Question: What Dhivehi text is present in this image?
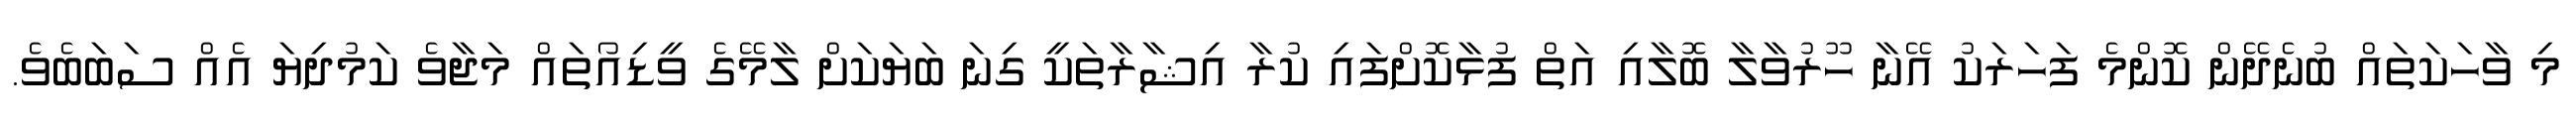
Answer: މި ވާހަކަތައް ބުނެދޭން ކޮންމެ ފަހަރަކު އޭނާ ހޫރުވާލާ ބޮލާއި އަތް ފުޅާކޮށްފައި ކުރާ އިޝާރާތަކީ ގިނަ ބަޔަކަށް ލާމޭގެ ވީޑިއޯތައް މަޖާވެ ކަމުދިޔަ އެއް ސަބަބެވެ.